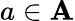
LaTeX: a\in\mathbf{A}